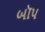
બૉપ